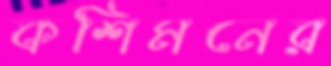
কশিমনের